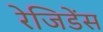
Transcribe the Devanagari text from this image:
रेजिडेंस